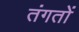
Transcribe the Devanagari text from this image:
तंगतों